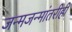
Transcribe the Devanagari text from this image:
जन्मजन्मांतरीही